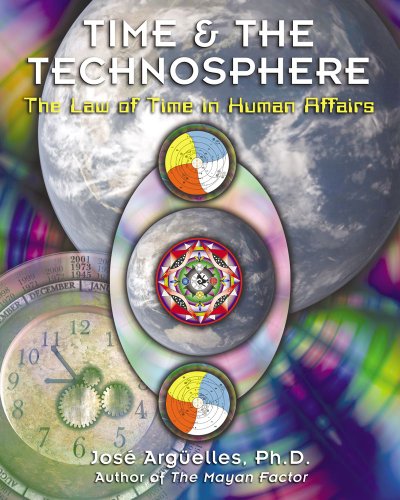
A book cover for Time and the Technosphere: The Law of Time in Human Affairs; JosÃ© ArgÃ¼elles; Science & Math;